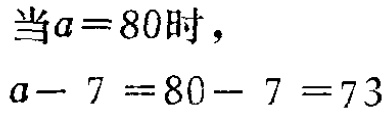
当\(a = 80\)时，

\(a - 7 = 80 - 7 = 73\)